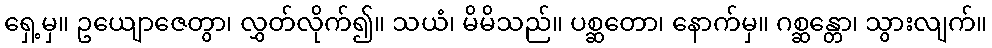
ရှေ့မှ။ ဥယျောဇေတွာ၊ လွှတ်လိုက်၍။ သယံ၊ မိမိသည်။ ပစ္ဆတော၊ နောက်မှ။ ဂစ္ဆန္တော၊ သွားလျက်။